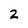
Character: 2